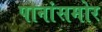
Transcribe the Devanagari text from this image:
पानांसमोर